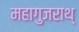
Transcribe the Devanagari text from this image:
महागुजराथ्